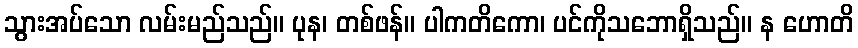
သွားအပ်သော လမ်းမည်သည်။ ပုန၊ တစ်ဖန်။ ပါကတိကော၊ ပင်ကိုသဘောရှိသည်။ န ဟောတိ